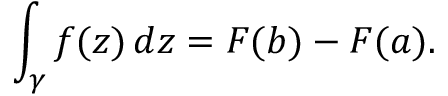
\int _ { \gamma } f ( z ) \, d z = F ( b ) - F ( a ) .